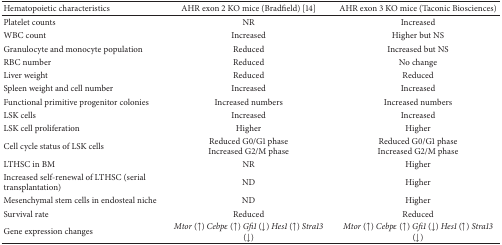
| Hematopoietic characteristics | AHR exon 2 KO mice (Bradfield) [14] | AHR exon 3 KO mice (Taconic Biosciences) |
 | --- | --- | --- |
 | Platelet counts | NR | Increased |
 | WBC count | Increased | Higher but NS |
 | Granulocyte and monocyte population | Reduced | Increased but NS |
 | RBC number | Reduced | No change |
 | Liver weight | Reduced | Reduced |
 | Spleen weight and cell number | Increased | Increased |
 | Functional primitive progenitor colonies | Increased numbers | Increased numbers |
 | LSK cells | Increased | Increased |
 | LSK cell proliferation | Higher | Higher |
 | Cell cycle status of LSK cells | Reduced G0/G1 phaseIncreased G2/M phase | Reduced G0/G1 phaseIncreased G2/M phase |
 | LTHSC in BM | NR | Higher |
 | Increased self-renewal of LTHSC (serial transplantation) | ND | Higher |
 | Mesenchymal stem cells in endosteal niche | ND | Higher |
 | Survival rate | Reduced | Reduced |
 | Gene expression changes | Mtor (↑) Cebpε (↑) Gfi1 (↓) Hes1 (↑) Stra13 (↓) | Mtor (↑) Cebpε (↑) Gfi1 (↓) Hes1 (↑) Stra13 (↓) |